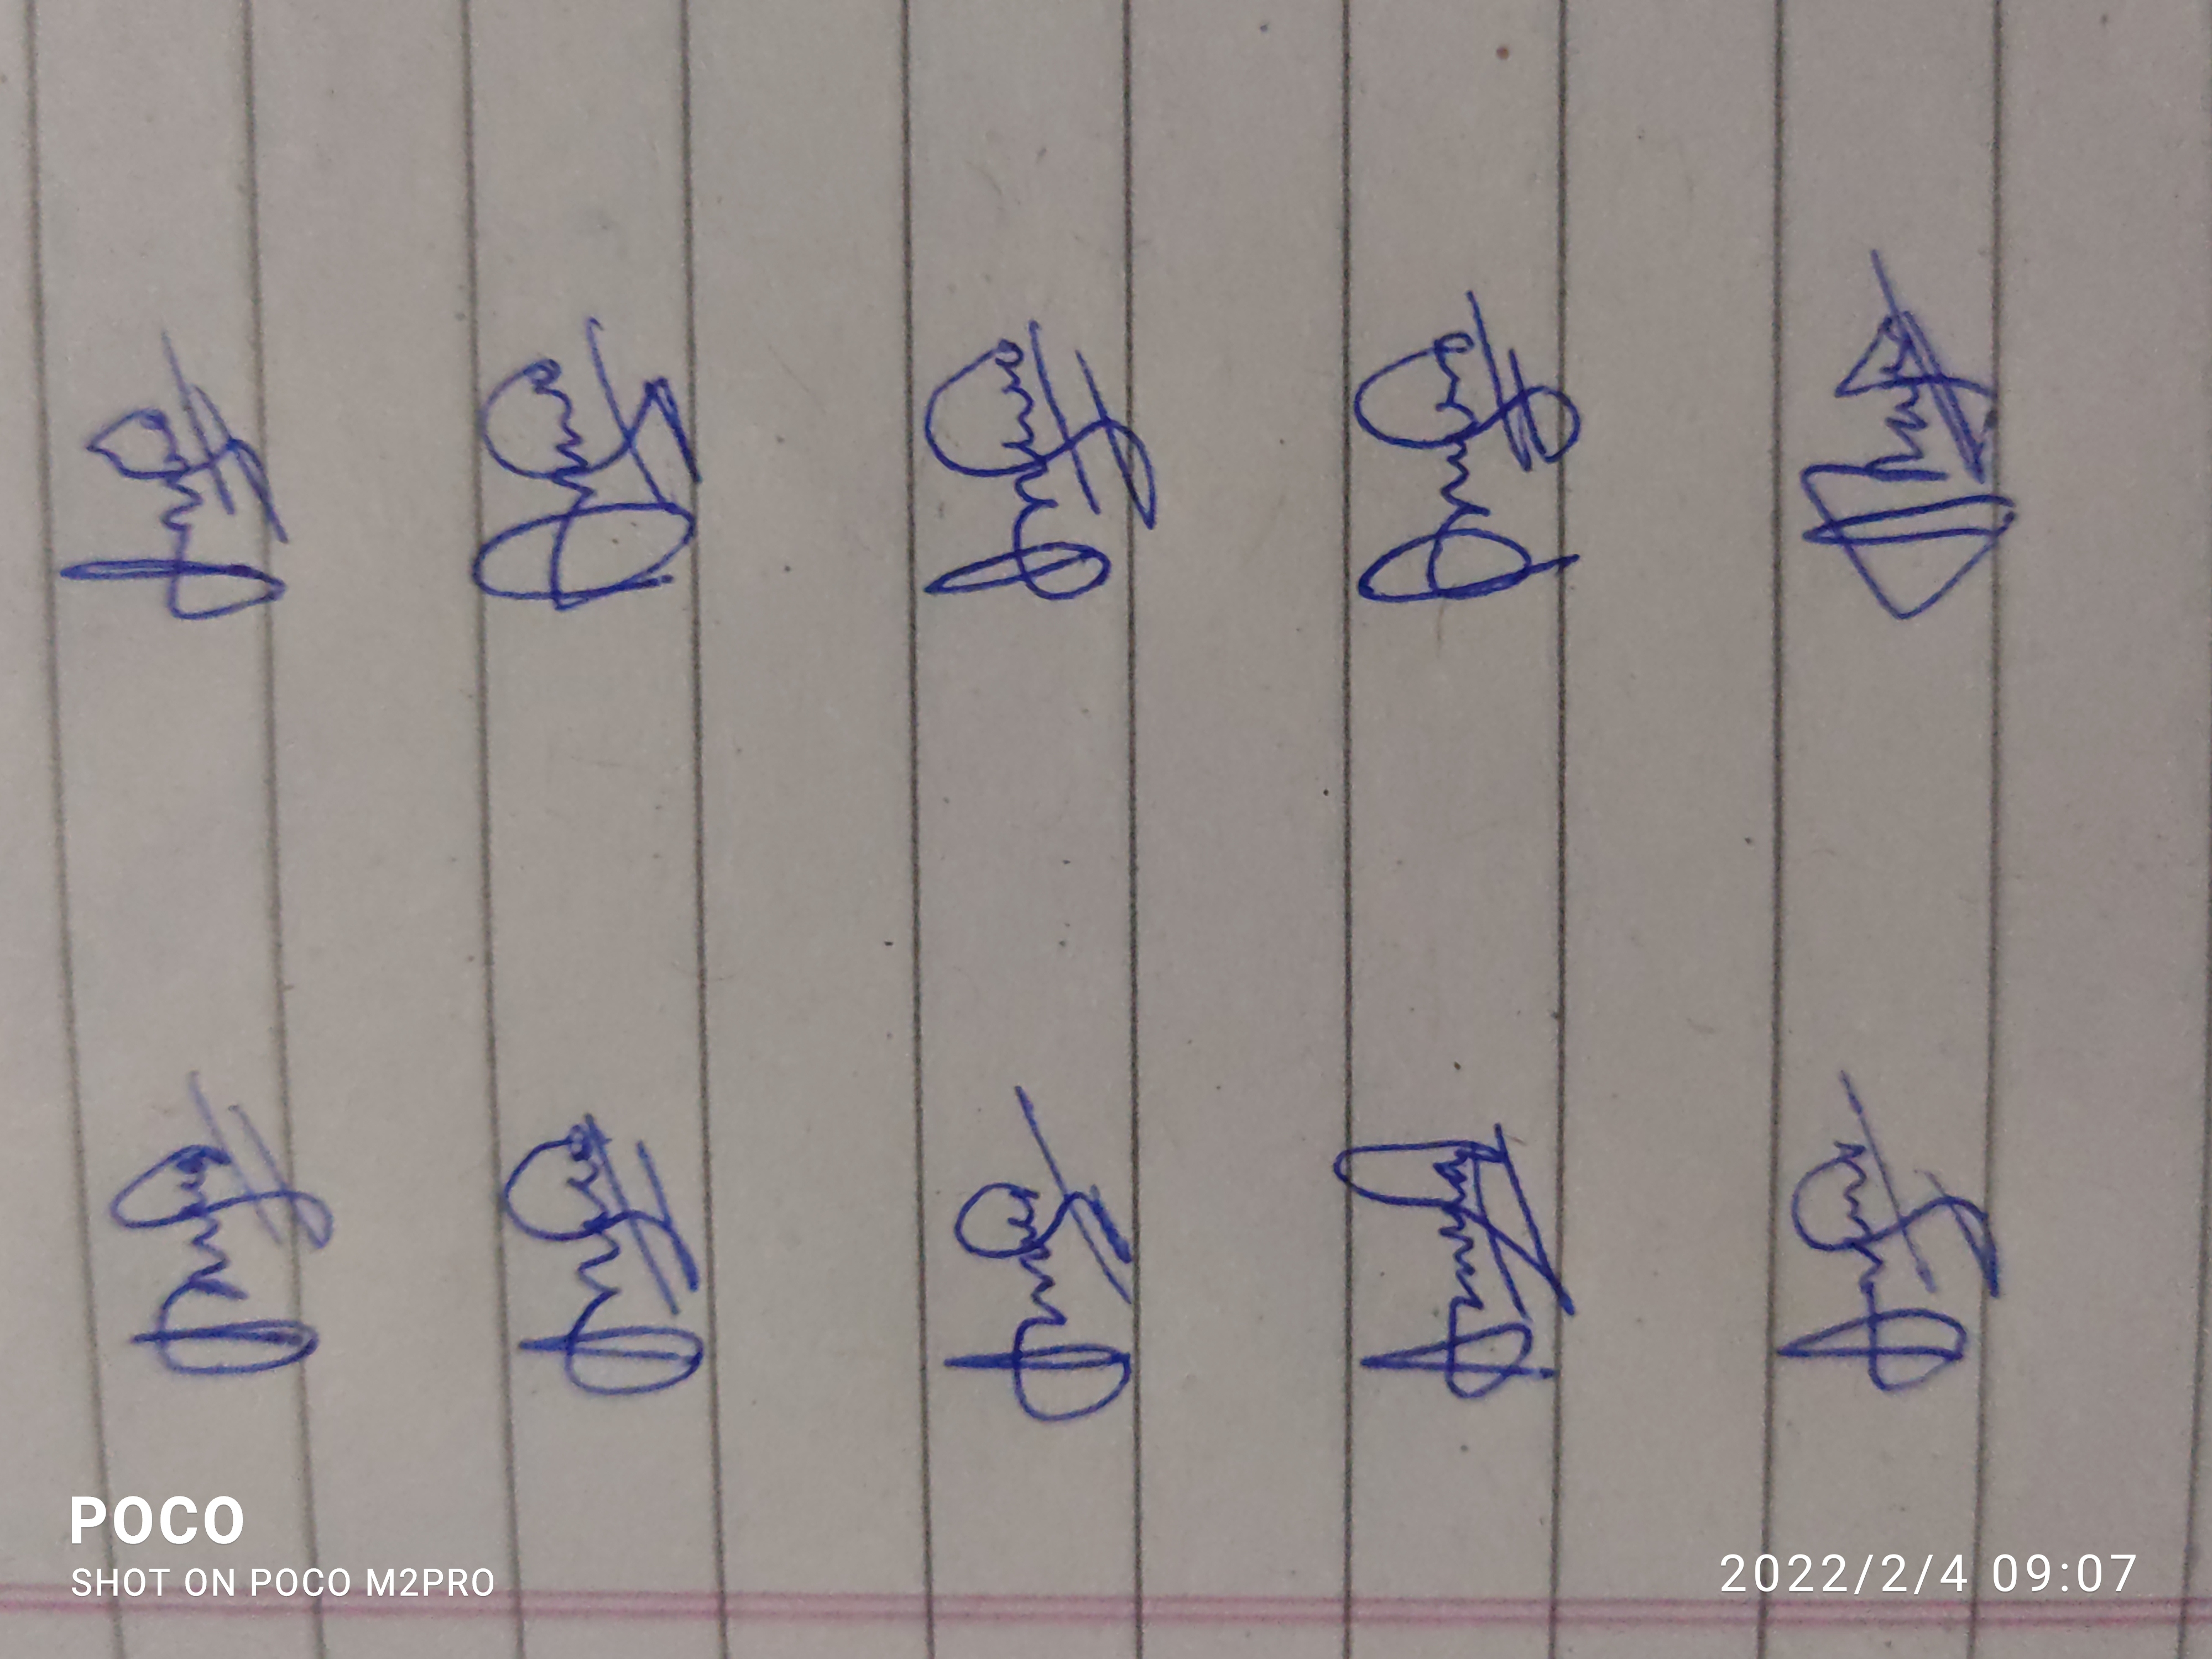
Signature authenticity: genuine